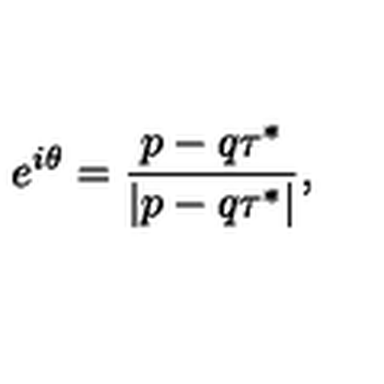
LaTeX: e ^ { i \theta } = { \frac { p - q \tau ^ { * } } { | p - q \tau ^ { * } | } } ,